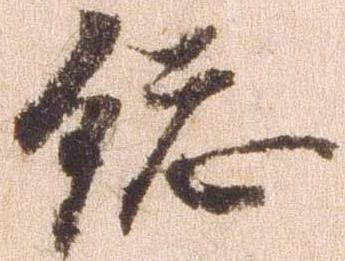
総